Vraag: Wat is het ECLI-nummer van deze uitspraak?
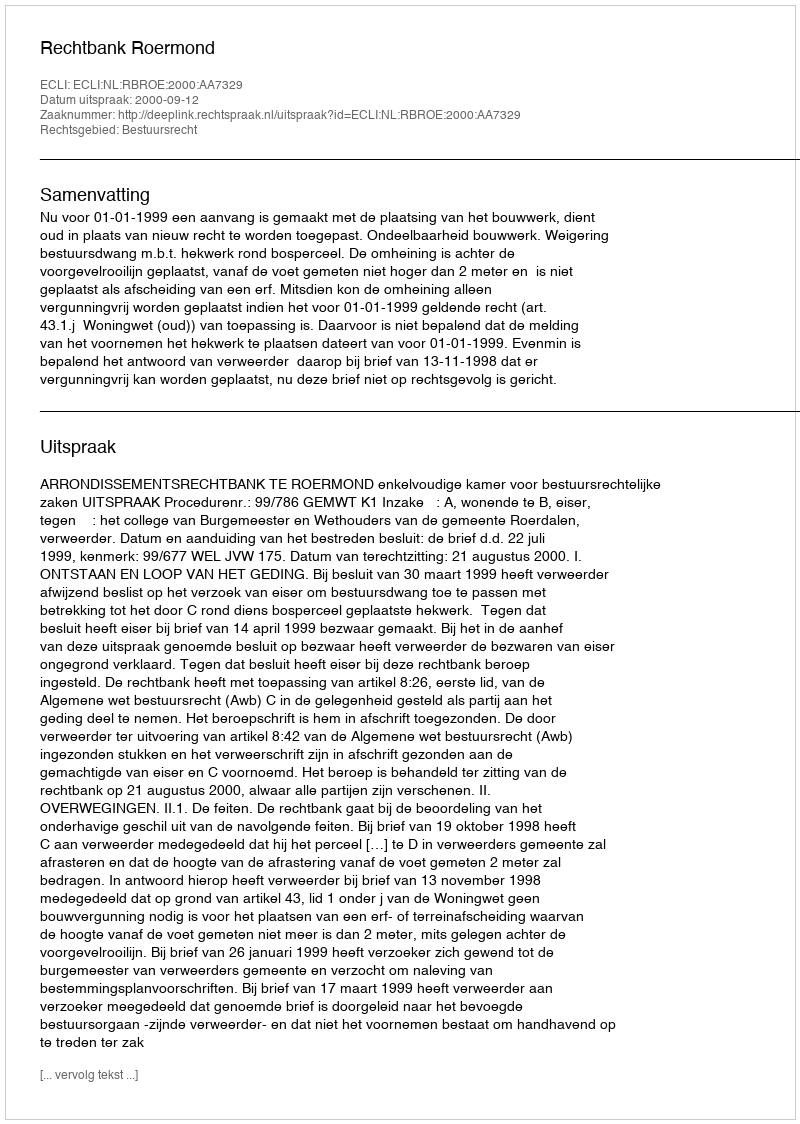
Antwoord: ECLI:NL:RBROE:2000:AA7329